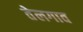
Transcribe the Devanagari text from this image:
तेलगाव